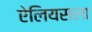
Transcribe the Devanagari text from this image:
ऐलियसला